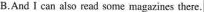
B.And I can also read some magazines there.